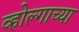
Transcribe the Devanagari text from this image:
व्होल्गाच्या